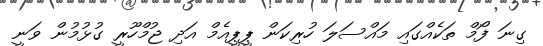
ގިނަ ފޯމް ތަކެއްގައި މައްސަލަ ހުރިކަން ޕީޕީއެމް އަދި ޖުމްހޫރީ ގުޅުމުން ވަނީ